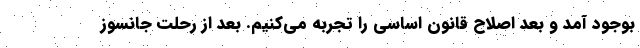
بوجود آمد و بعد اصلاح قانون اساسی را تجربه می‌کنیم. بعد از رحلت جانسوز